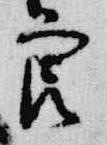
良